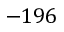
- 1 9 6